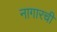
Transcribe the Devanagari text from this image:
नागारची